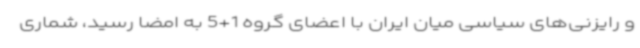
و رایزنی‌های سیاسی میان ایران با اعضای گروه 1+5 به امضا رسید، شماری